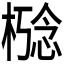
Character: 𪳋